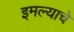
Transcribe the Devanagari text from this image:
इमल्याचे